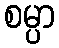
စမ္ပာ